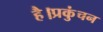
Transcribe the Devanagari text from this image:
है।प्रकुंचन